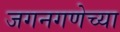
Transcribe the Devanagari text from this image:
जगनगणेच्या